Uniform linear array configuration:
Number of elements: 24
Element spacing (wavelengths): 0.75
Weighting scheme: binomial
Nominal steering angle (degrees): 60
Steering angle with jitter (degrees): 59.38
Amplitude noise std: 0.05
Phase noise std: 0.05

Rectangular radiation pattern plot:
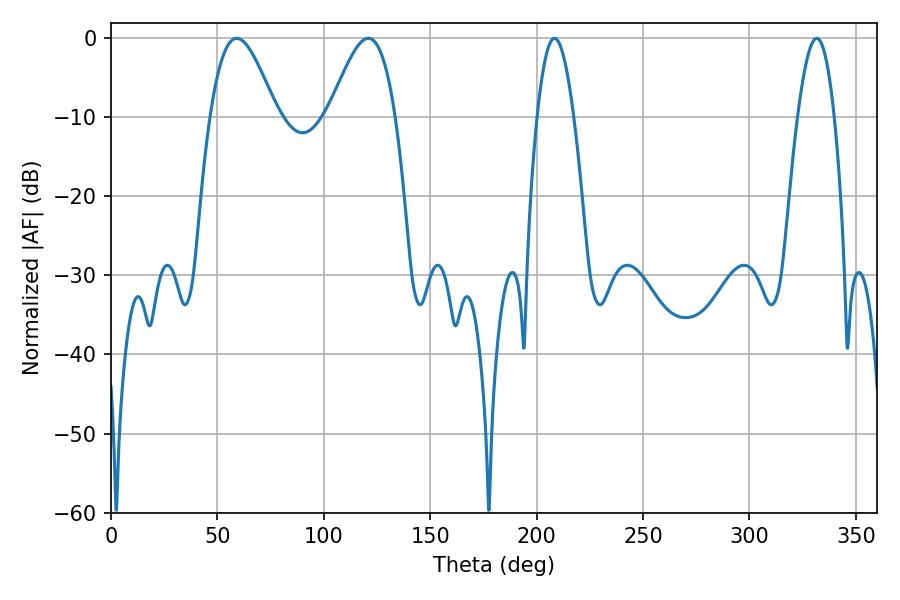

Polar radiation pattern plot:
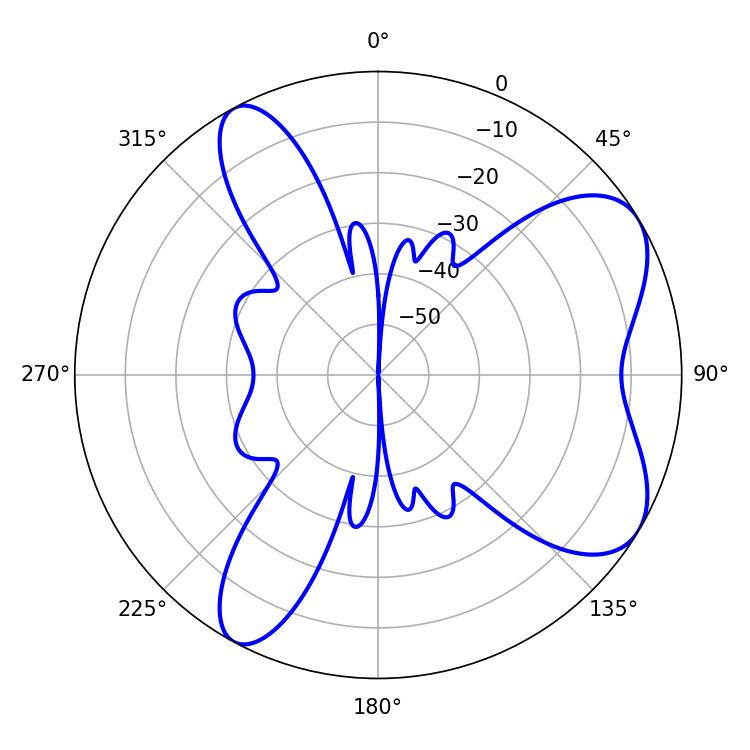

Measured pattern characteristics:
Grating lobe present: TRUE
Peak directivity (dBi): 6.908
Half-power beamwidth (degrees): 16.56
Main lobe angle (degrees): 59.04